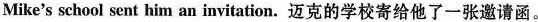
Mike's school sent him an invitation.迈克的学校寄给他了一张邀请函。